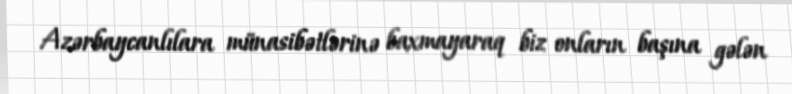
Azərbaycanlılara münasibətlərinə baxmayaraq biz onların başına gələn